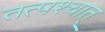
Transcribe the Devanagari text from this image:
तत्‍पश्‍चात्